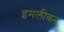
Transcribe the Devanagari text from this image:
इमलीवन